Piroplasma canis and its life cycle in the tick - Number 29
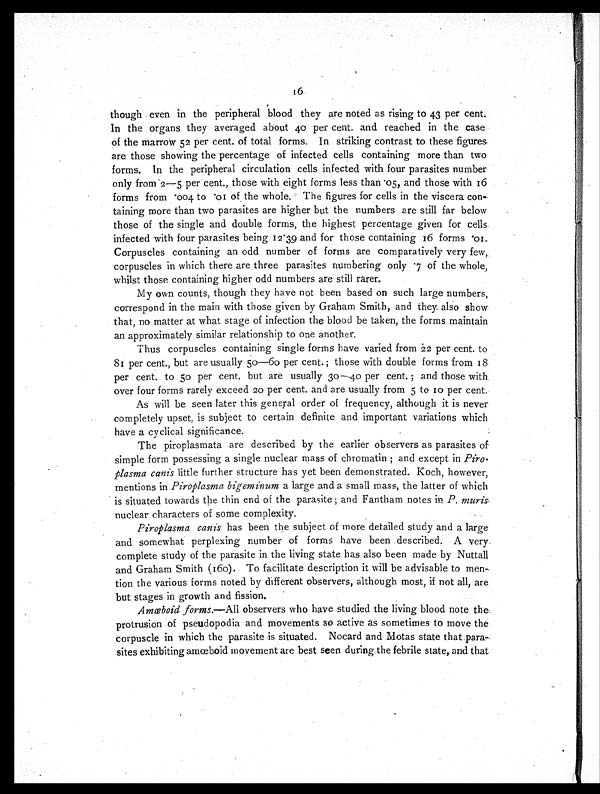
16
though even in the peripheral blood they are noted as rising to 43 per cent.
In the organs they averaged about 40 per cent. and reached in the case
of the marrow 52 per cent. of total forms. In striking contrast to these figures
are those showing the percentage of infected cells containing more than two
forms. In the peripheral circulation cells infected with four parasites number
only from 2—5 per cent., those with eight forms less than .05, and those with 16
forms from .004 to .01 of the whole. The figures for cells in the viscera con-
taining more than two parasites are higher but the numbers are still far below
those of the single and double forms, the highest percentage given for cells
infected with four parasites being 12.39 and for those containing 16 forms .01.
Corpuscles containing an odd number of forms are comparatively very few,
corpuscles in which there are three parasites numbering only .7 of the whole,
whilst those containing higher odd numbers are still rarer.
My own counts, though they have not been based on such large numbers,
correspond in the main with those given by Graham Smith, and they also show
that, no matter at what stage of infection the blood be taken, the forms maintain
an approximately similar relationship to one another.
Thus corpuscles containing single forms have varied from 22 per cent. to
81 per cent., but are usually 50—60 per cent.; those with double forms from 18
per cent. to 50 per cent. but are usually 30—40 per cent. ; and those with
over four forms rarely exceed 20 per cent. and are usually from 5 to 10 per cent.
As will be seen later this general order of frequency, although it is never
completely upset, is subject to certain definite and important variations which
have a cyclical significance.
The piroplasmata are described by the earlier observers as parasites of
simple form possessing a single nuclear mass of chromatin ; and except in Piro-
plasma canis little further structure has yet been demonstrated. Koch, however,
mentions in Piroplasma bigeminum a large and a small mass, the latter of which
is situated towards the thin end of the parasite ; and Fantham notes in P. muris,
nuclear characters of some complexity.
Piroplasma canish a s b e e n t h e s u b j e c t o f m o r e d e t a i l e d s t u d y a n d a l a r g e
and somewhat perplexing number of forms have been described. A very
complete study of the parasite in the living state has also been made by Nuttall
and Graham Smith (160). To facilitate description it will be advisable to men-
tion the various forms noted by different observers, although most, if not all, are
but stages in growth and fission.
Amœboid forms.—All observers who have studied the living blood note the
protrusion of pseudopodia and movements so active as sometimes to move the
corpuscle in which the parasite is situated. Nocard and Motas state that para-
sites exhibiting amœboid movement are best seen during the febrile state, and that